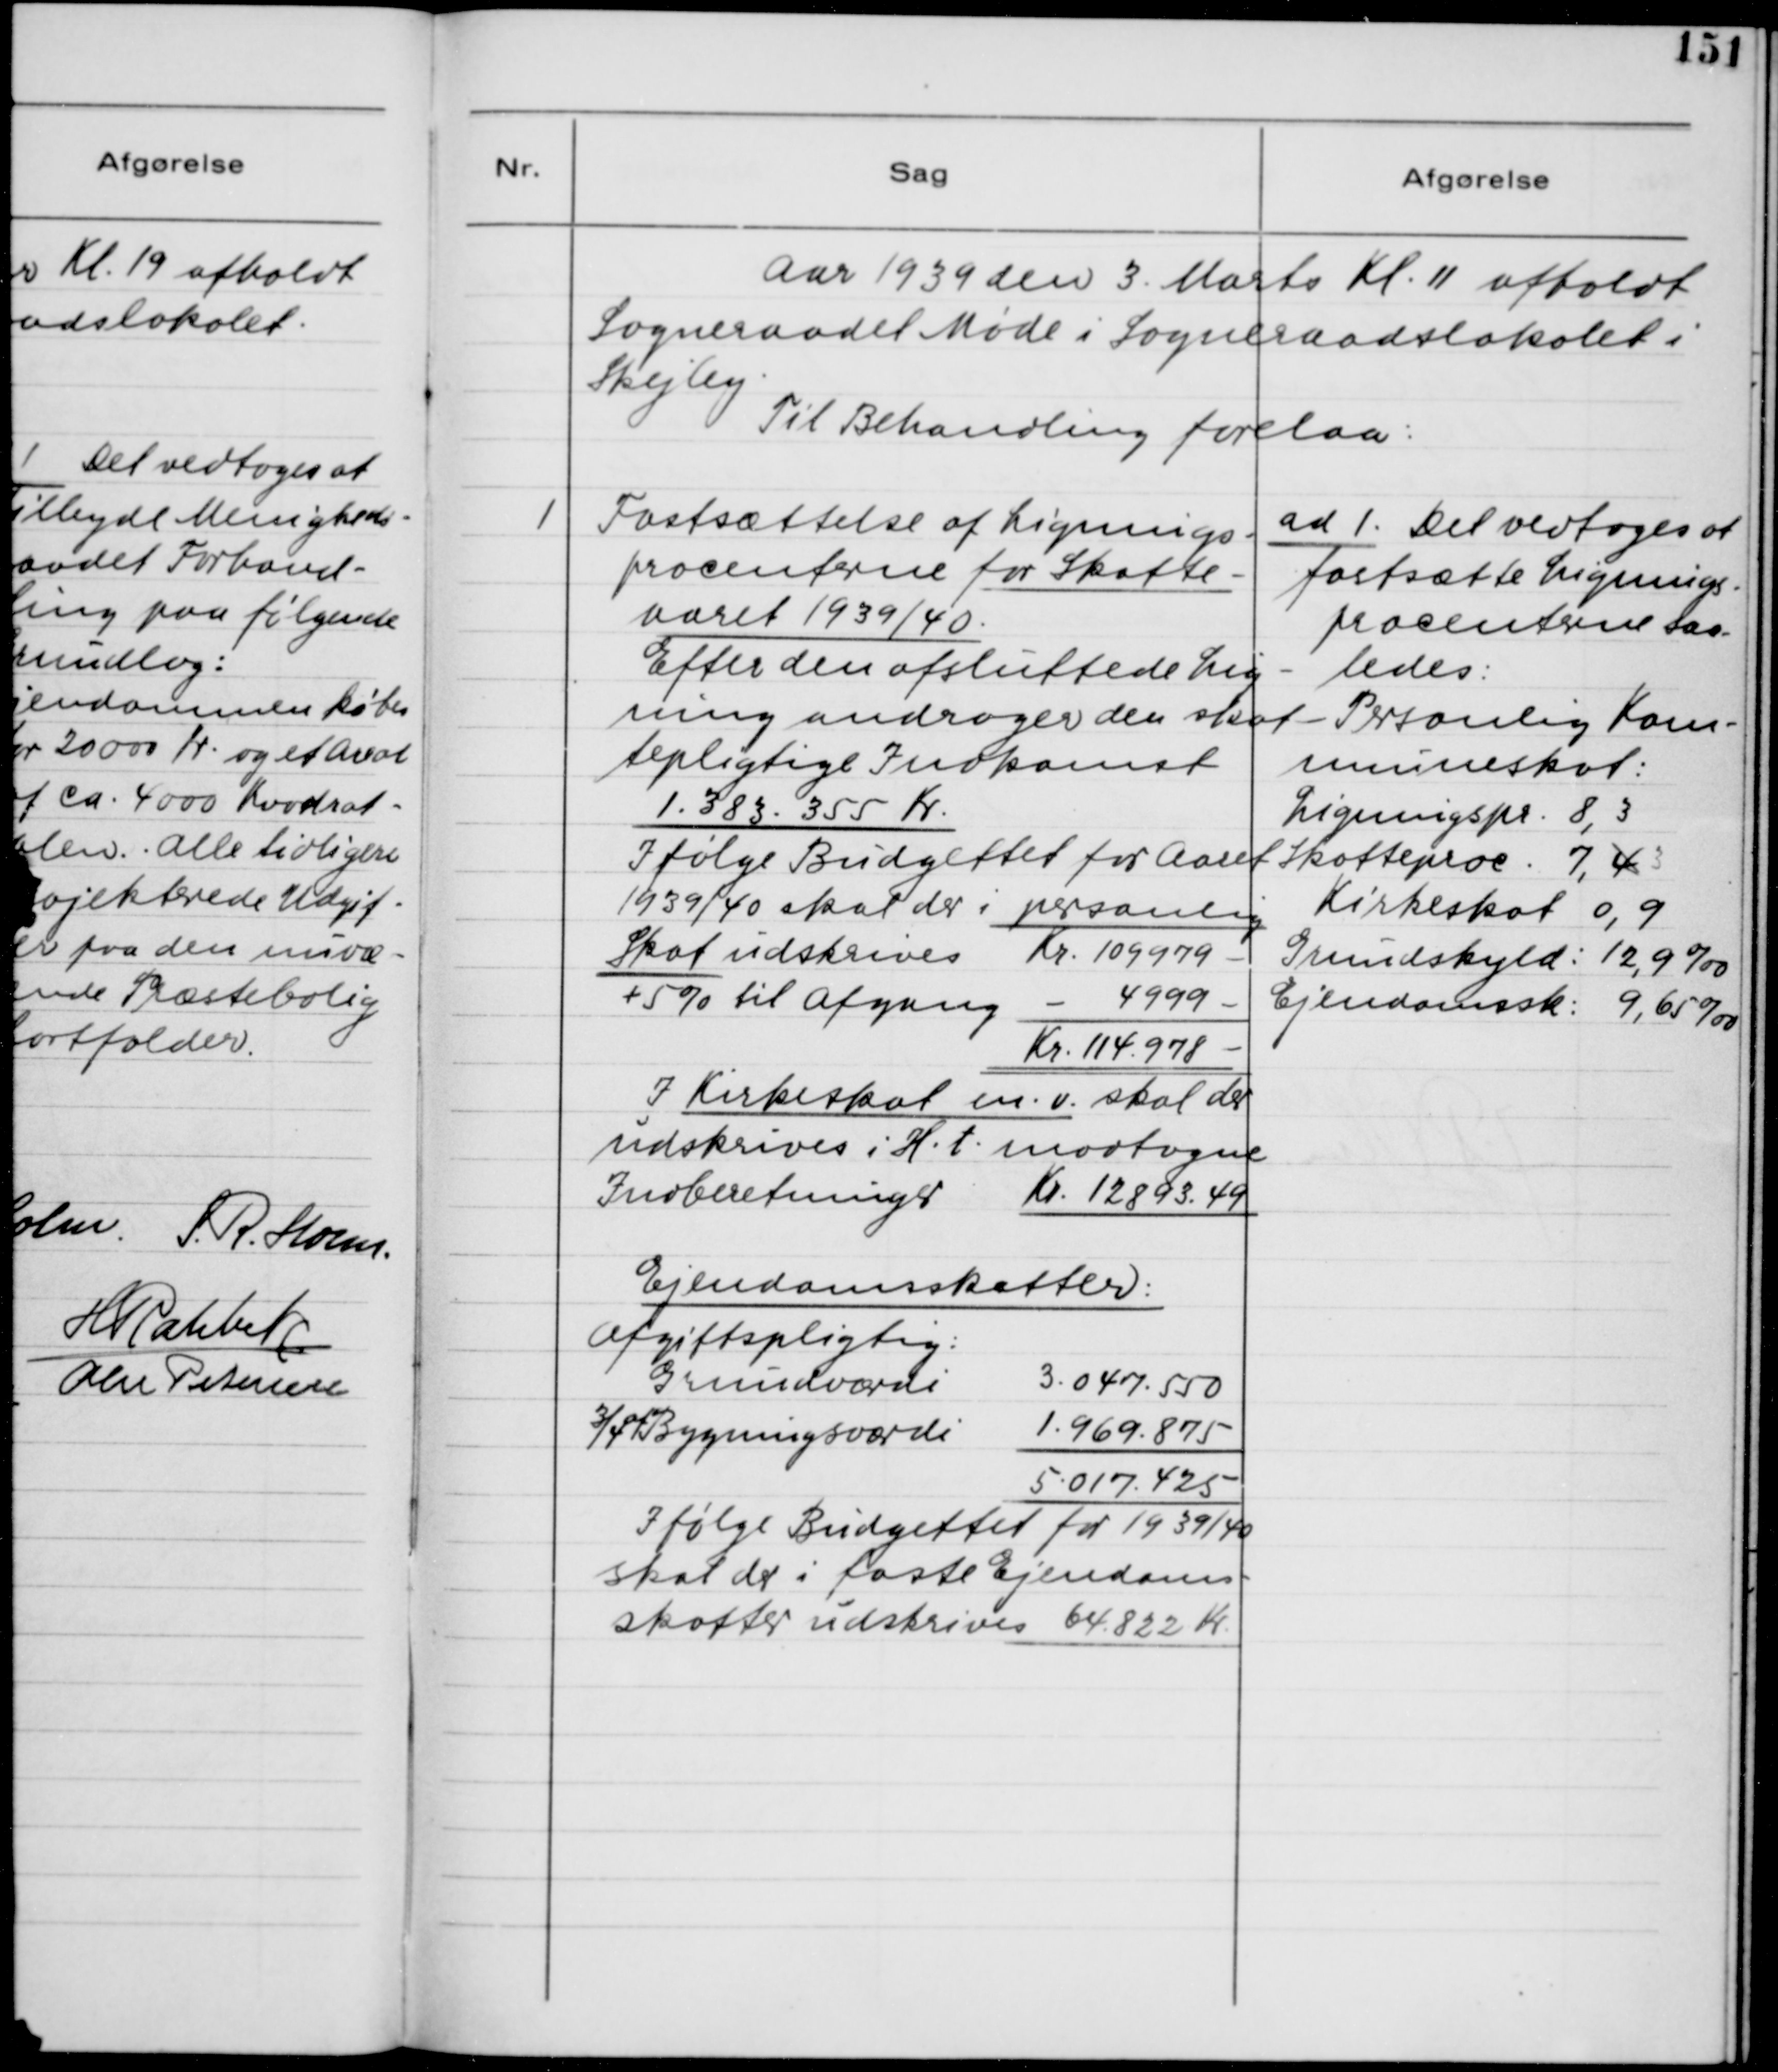
Transskription:
Aar 1939 den 3. Marts Kl. 11 afholdt
Sogneraadet Møde i Sogneraadslokalet i
Skejby.
Til Behandling forelaa:

1. Fastsættelse af Lignings-
procenten for Skatte-
aaret 1939/40.
Efter den afsluttende Lig-
ning andrager den skat-
tepligtige Indkomst
1.383.355 Kr.
Ifølge Budgettet for Aaret
1939/40 skal der i personlig

I Kirkeskat m.v. skal der
udskrives i H.t. modtagne
Indberetninger Kr. 12893.49

Ejendomsskatter:
Afgiftspligtig:

Ifølge Budgettet for 1939/40
skal der i faste Ejendoms-
skatter udskrives  64.822 Kr.

ad 1. Det vedtoges at
fastsætte Lignings-
procenterne saa-
ledes:
Personlig Kom-
muneskat:
Ligningspc. 8,3
Skatteproc. 7,43
Kirkeskat 0,9
Grundskyld: 12,9 ‰
Ejendomssk.: 9,65 ‰